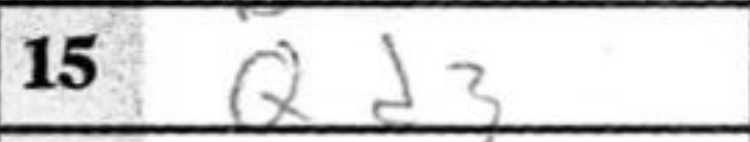
Transcription: Qd3